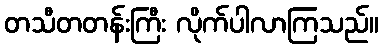
တသီတတန်းကြီး လိုက်ပါလာကြသည်။